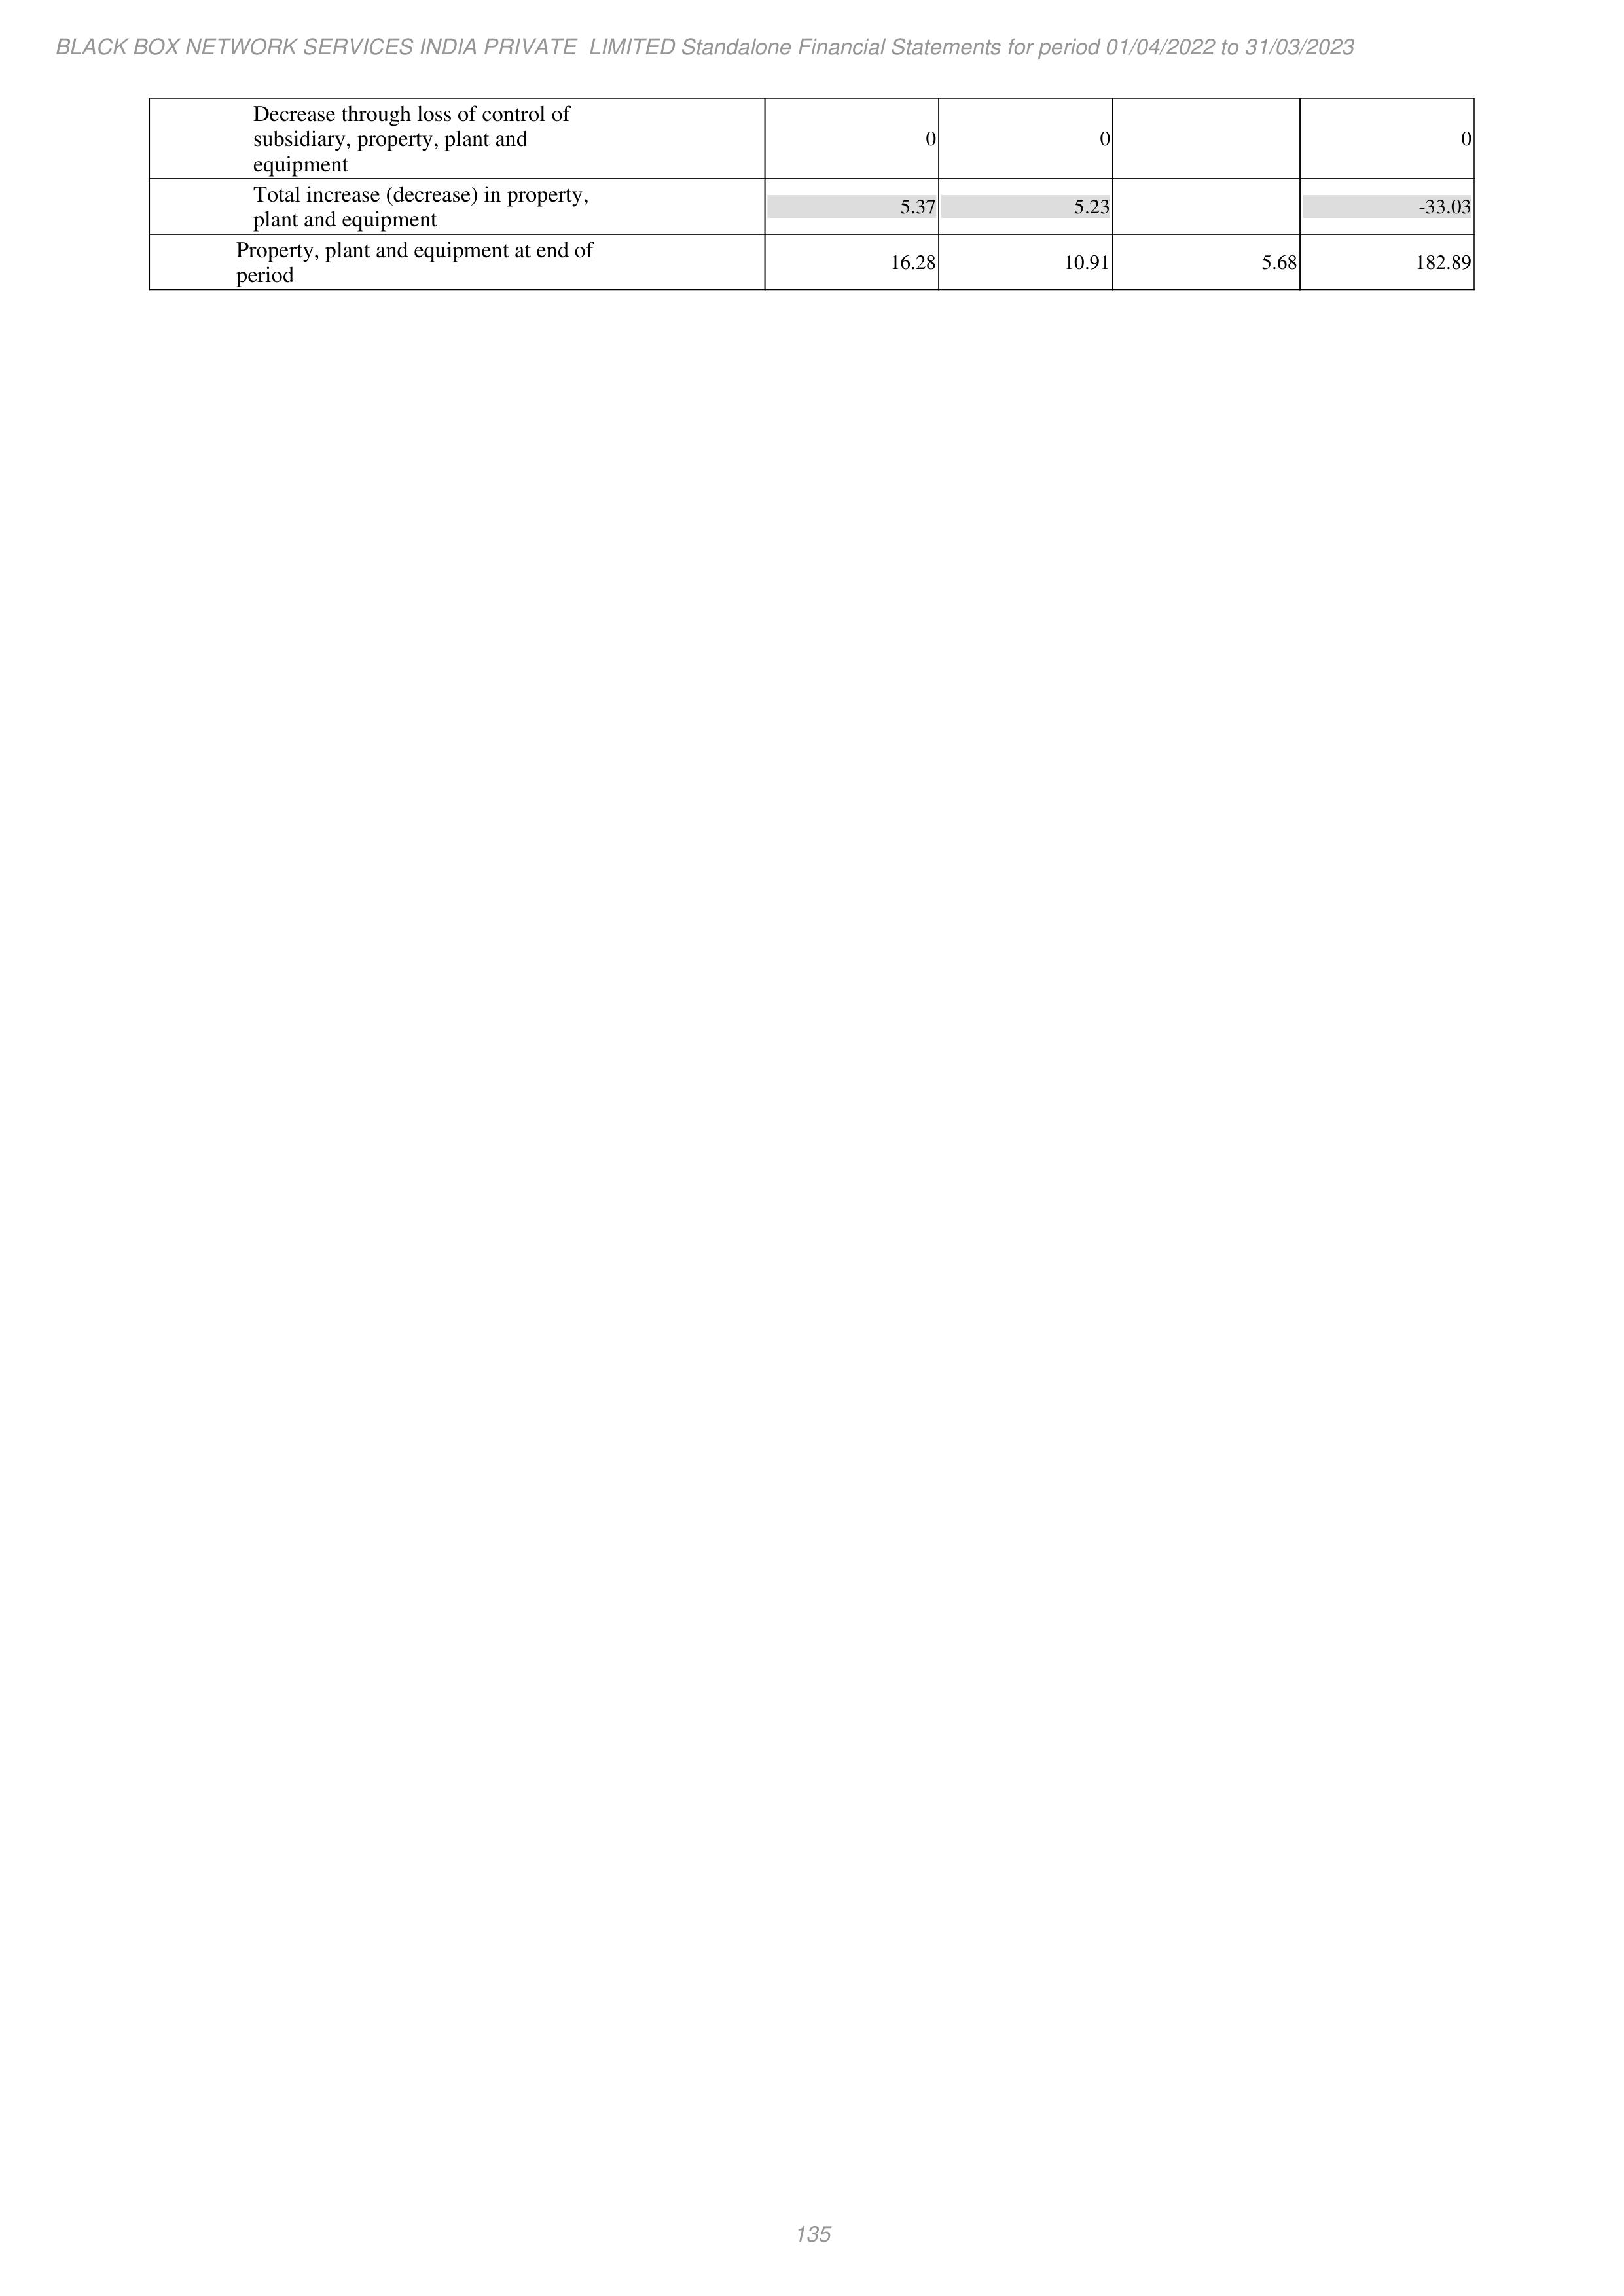
BLACK BOX NETWORK SERVICES INDIA PRIVATE LIMITED Standalone Financial Statements for period 01/04/2022 to 31/03/2023

Decrease through loss of control of
subsidiary, property, plant and                                     0                    0                                    0
equipment
Total increase (decrease) in property,
plant and equipment                                              5.37                 5.23                               -33.03

Property, plant and equipment at end of
period                                                          16.28                10.91                 5.68          182.89

135